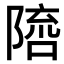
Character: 𨻓